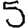
Digit: 5